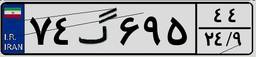
۷۴گ۶۹۵۴۴